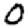
Digit: 0